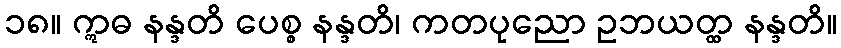
၁၈။ ဣဓ နန္ဒတိ ပေစ္စ နန္ဒတိ၊ ကတပုညော ဥဘယတ္ထ နန္ဒတိ။